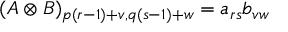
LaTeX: ( A \otimes B ) _ { p ( r - 1 ) + v , q ( s - 1 ) + w } = a _ { r s } b _ { v w }